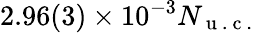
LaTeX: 2.96(3)\times 10^{-3}N_{\mathrm{~u~.~c~.~}}